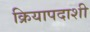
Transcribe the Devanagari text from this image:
क्रियापदाशी